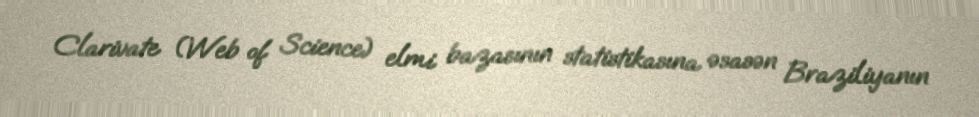
Clarivate (Web of Science) elmi bazasının statistikasına əsasən Braziliyanın